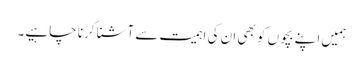
ہمیں اپنے بچوں کو بھی ان کی اہمیت سے آشنا کرنا چاہیے۔